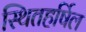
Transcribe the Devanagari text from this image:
स्थितहर्षिल